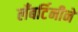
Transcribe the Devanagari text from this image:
लँबर्टिनीने